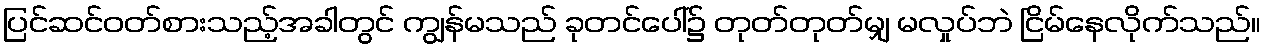
ပြင်ဆင်ဝတ်စားသည့်အခါတွင် ကျွန်မသည် ခုတင်ပေါ်၌ တုတ်တုတ်မျှ မလှုပ်ဘဲ ငြိမ်နေလိုက်သည်။